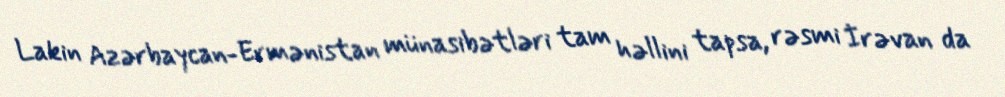
Lakin Azərbaycan-Ermənistan münasibətləri tam həllini tapsa, rəsmi İrəvan da